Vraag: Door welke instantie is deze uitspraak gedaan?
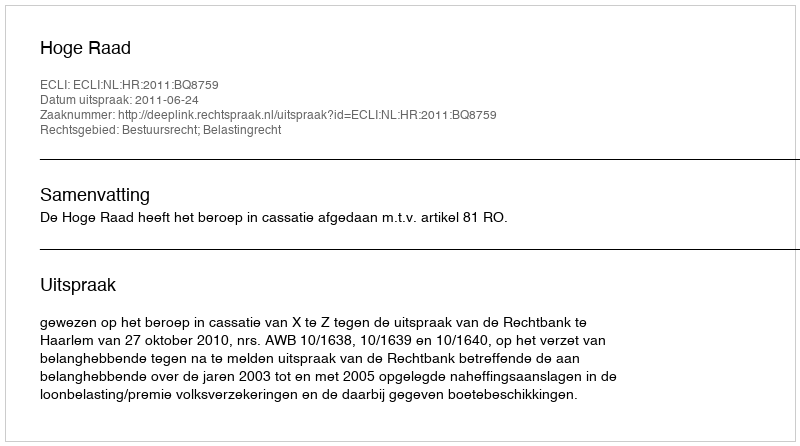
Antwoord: Hoge Raad